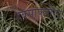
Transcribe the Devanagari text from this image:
हेक्साफ्लोरैद